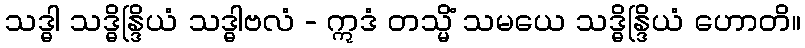
သဒ္ဓါ သဒ္ဓိန္ဒြိယံ သဒ္ဓါဗလံ - ဣဒံ တသ္မိံ သမယေ သဒ္ဓိန္ဒြိယံ ဟောတိ။